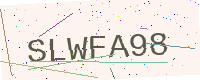
Text: SLWFA98